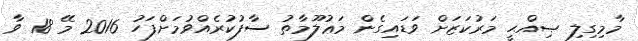
މާމިގިލި ޞިއްޙީ މަރުކަޒަށް ވަޑައިގެން މަޢުލޫމާތު ސާފުކުރެއްވުމަށްފަހު 2016 މޭ 18 ވާ